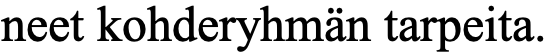
neet kohderyhmän tarpeita.